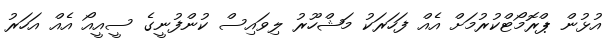
އުޅުން ޕްރޮމޯޓްކުރުމަށް އެއް ފަހަރަކު މަޝްހޫރު ލިވައިސް ކުންފުނީގެ ސީއީއޯ އެއް އަހަރު